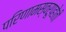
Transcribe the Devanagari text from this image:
परिणामस्वरूपहोती